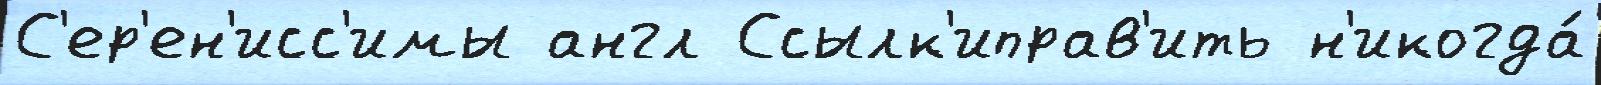
С'ер'ен'исс'имы англ Ссылк'иправ'ить н'икогда́